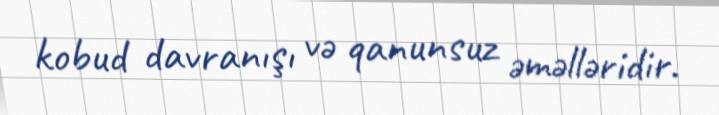
kobud davranışı və qanunsuz əməlləridir.